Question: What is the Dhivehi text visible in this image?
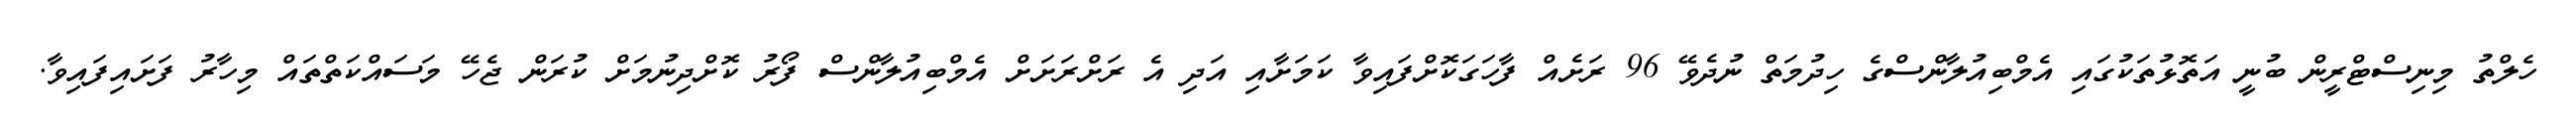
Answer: ހެލްތު މިނިސްޓްރީން ބުނީ އަތޮޅުތަކުގައި އެމްބިއުލާންސްގެ ހިދުމަތް ނުދެވޭ 96 ރަށެއް ފާހަގަކޮށްފައިވާ ކަމަށާއި އަދި އެ ރަށްރަށަށް އެމްބިއުލާންސް ފޯރު ކޮށްދިނުމަށް ކުރަން ޖެހޭ މަސައްކަތްތައް މިހާރު ފަށައިފައިވާ.